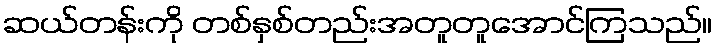
ဆယ်တန်းကို တစ်နှစ်တည်းအတူတူအောင်ကြသည်။